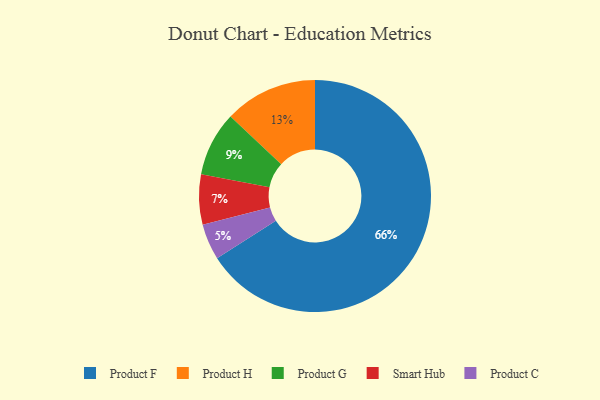
{"axis": {"x": "Category", "y": "Percentage"}, "legend": ["Product C", "Product F", "Product G", "Product H", "Smart Hub"], "data": [{"x": "Product F", "y": 66, "type": "Product F"}, {"x": "Smart Hub", "y": 7, "type": "Smart Hub"}, {"x": "Product G", "y": 9, "type": "Product G"}, {"x": "Product H", "y": 13, "type": "Product H"}, {"x": "Product C", "y": 5, "type": "Product C"}]}